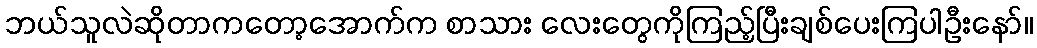
ဘယ်သူလဲဆိုတာကတော့အောက်က စာသား လေးတွေကိုကြည့်ပြီးချစ်ပေးကြပါဦးနော်။